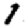
Digit: 1